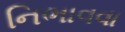
નિભાવવા